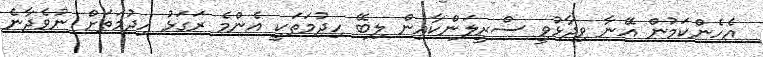
އެހެންކަމުން އޭނާ ވިދާޅުވީ ސްރީލަންކާއިން ލިބޭ ހިދުމަތަކީ އެންމެ ރަގަޅު ހިދުމަތަށް ނުވެދާނެ